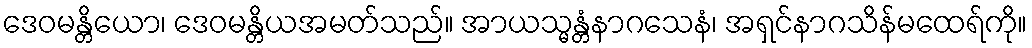
ဒေဝမန္တိယော၊ ဒေဝမန္တိယအမတ်သည်။ အာယသ္မန္တံနာဂသေနံ၊ အရှင်နာဂသိန်မထေရ်ကို။